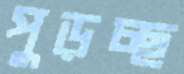
পুড়চ্ছ